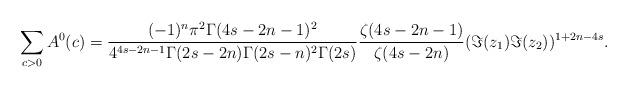
LaTeX: \begin{align*}\sum_{c>0}A^0(c)= \frac{(-1)^n \pi^2 \Gamma(4s-2n-1)^2}{4^{4s-2n-1} \Gamma(2s-2n) \Gamma(2s-n)^2 \Gamma(2s)}\frac{\zeta(4s-2n-1)}{\zeta(4s-2n)}(\Im (z_1)\Im (z_2))^{1+2n-4s}. \end{align*}